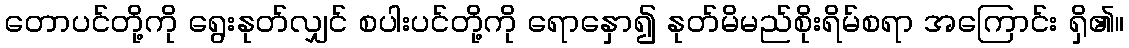
တောပင်တို့ကို ရွေးနုတ်လျှင် စပါးပင်တို့ကို ရောနှော၍ နုတ်မိမည်စိုးရိမ်စရာ အကြောင်း ရှိ၏။